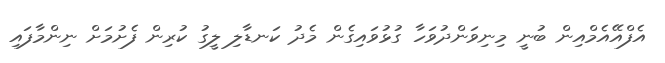
އެފްއޭއެމްއިން ބުނީ މިނިވަންދުވަހާ ގުޅުވައިގެން މެދު ކަނޑާލި ލީގު ކުރިން ފެށުމަށް ނިންމާފައި